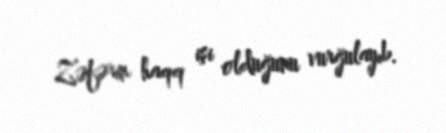
Zəfərin haqq işi olduğunu vurğulayıb.